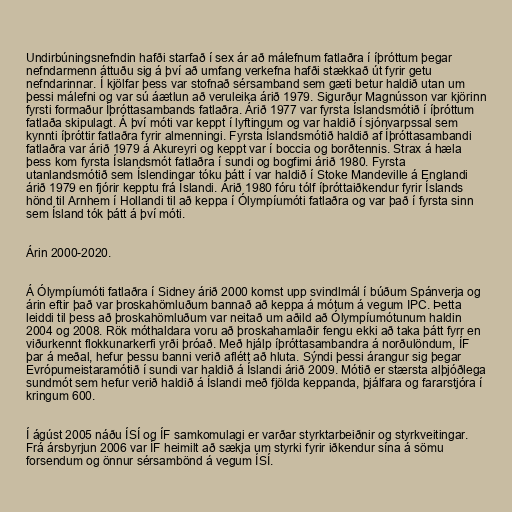
Undirbúningsnefndin hafði starfað í sex ár að málefnum fatlaðra í íþróttum þegar
nefndarmenn áttuðu sig á því að umfang verkefna hafði stækkað út fyrir getu
nefndarinnar. Í kjölfar þess var stofnað sérsamband sem gæti betur haldið utan um
þessi málefni og var sú áætlun að veruleika árið 1979. Sigurður Magnússon var kjörinn
fyrsti formaður Íþróttasambands fatlaðra. Árið 1977 var fyrsta Íslandsmótið í íþróttum
fatlaða skipulagt. Á því móti var keppt í lyftingum og var haldið í sjónvarpssal sem
kynnti íþróttir fatlaðra fyrir almenningi. Fyrsta Íslandsmótið haldið af Íþróttasambandi
fatlaðra var árið 1979 á Akureyri og keppt var í boccia og borðtennis. Strax á hæla
þess kom fyrsta Íslandsmót fatlaðra í sundi og bogfimi árið 1980. Fyrsta
utanlandsmótið sem Íslendingar tóku þátt í var haldið í Stoke Mandeville á Englandi
árið 1979 en fjórir kepptu frá Íslandi. Árið 1980 fóru tólf íþróttaiðkendur fyrir Íslands
hönd til Arnhem í Hollandi til að keppa í Ólympíumóti fatlaðra og var það í fyrsta sinn
sem Ísland tók þátt á því móti.

Árin 2000-2020.

Á Ólympíumóti fatlaðra í Sidney árið 2000 komst upp svindlmál í búðum Spánverja og
árin eftir það var þroskahömluðum bannað að keppa á mótum á vegum IPC. Þetta
leiddi til þess að þroskahömluðum var neitað um aðild að Ólympíumótunum haldin
2004 og 2008. Rök móthaldara voru að þroskahamlaðir fengu ekki að taka þátt fyrr en
viðurkennt flokkunarkerfi yrði þróað. Með hjálp íþróttasambandra á norðulöndum, ÍF
þar á meðal, hefur þessu banni verið aflétt að hluta. Sýndi þessi árangur sig þegar
Evrópumeistaramótið í sundi var haldið á Íslandi árið 2009. Mótið er stærsta alþjóðlega
sundmót sem hefur verið haldið á Íslandi með fjölda keppanda, þjálfara og fararstjóra í
kringum 600.

Í ágúst 2005 náðu ÍSÍ og ÍF samkomulagi er varðar styrktarbeiðnir og styrkveitingar.
Frá ársbyrjun 2006 var ÍF heimilt að sækja um styrki fyrir iðkendur sína á sömu
forsendum og önnur sérsambönd á vegum ÍSÍ.